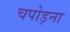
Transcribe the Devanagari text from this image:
चपोड़ना